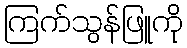
ကြက်သွန်ဖြူကို